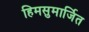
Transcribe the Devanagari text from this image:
हिमसुमार्जित